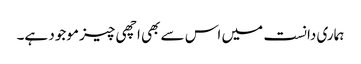
ہماری دانست میں اس سے بھی اچھی چیز موجود ہے۔